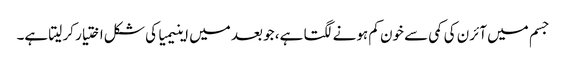
جسم میں آئرن کی کمی سے خون کم ہونے لگتا ہے، جو بعد میں اینیمیا کی شکل اختیار کر لیتا ہے۔